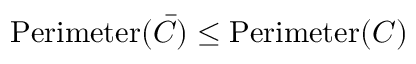
\operatorname { P e r i m e t e r } ( { \bar { C } } ) \leq \operatorname { P e r i m e t e r } ( C )